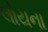
લોયના